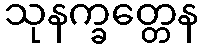
သုနက္ခတ္တေန